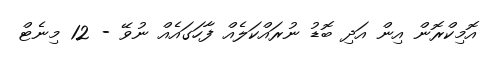
އޮމިކްރޮން އިން އަދި ބޮޑު ނުރައްކަލެއް ފާހަގައެއް ނުވޭ - 12 މިނެޓް